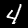
Label: 4